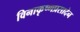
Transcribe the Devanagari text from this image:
विनाकृष्णप्रसादेन